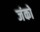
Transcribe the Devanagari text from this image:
जंको